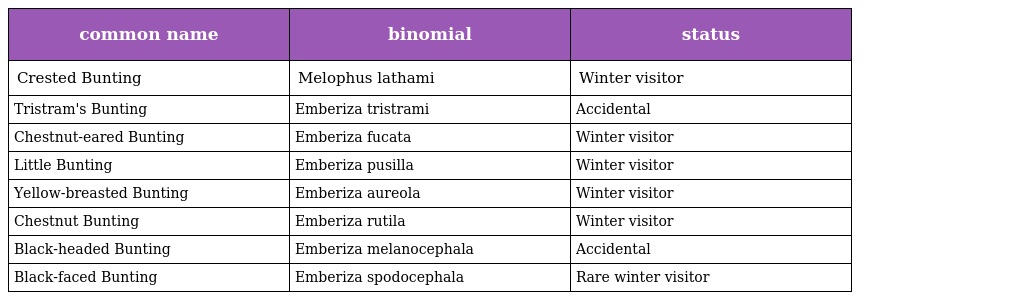
| common name | binomial | status |
 | --- | --- | --- |
 | Crested Bunting | Melophus lathami | Winter visitor |
 | Tristram's Bunting | Emberiza tristrami | Accidental |
 | Chestnut-eared Bunting | Emberiza fucata | Winter visitor |
 | Little Bunting | Emberiza pusilla | Winter visitor |
 | Yellow-breasted Bunting | Emberiza aureola | Winter visitor |
 | Chestnut Bunting | Emberiza rutila | Winter visitor |
 | Black-headed Bunting | Emberiza melanocephala | Accidental |
 | Black-faced Bunting | Emberiza spodocephala | Rare winter visitor |